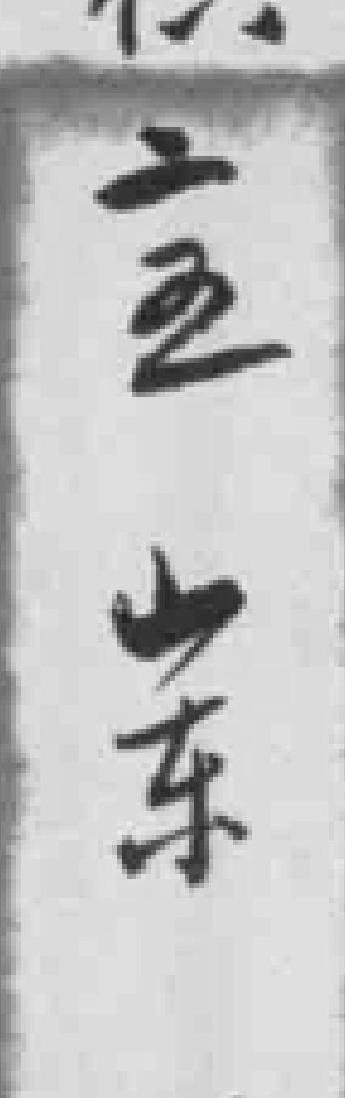
二五山东